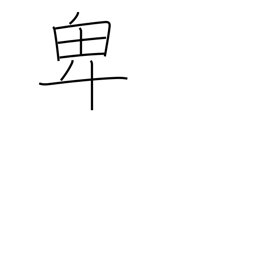
Meaning: lowly